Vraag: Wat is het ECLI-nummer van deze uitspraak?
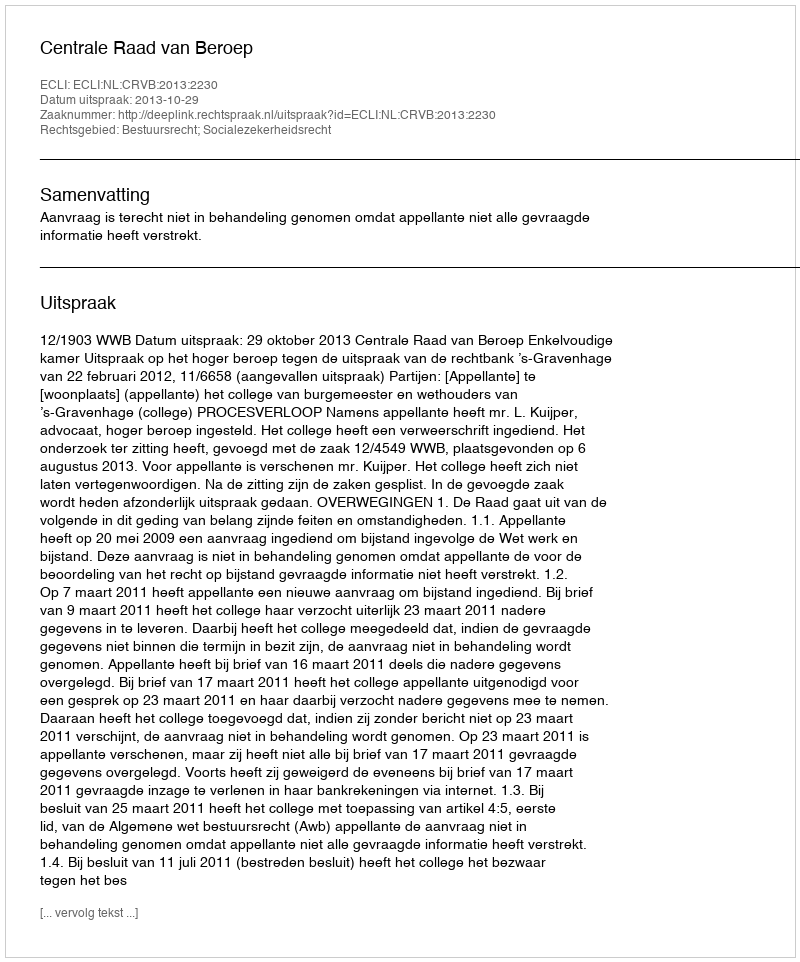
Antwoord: ECLI:NL:CRVB:2013:2230